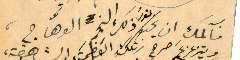
فآلمك ان يخبو نورُ ذلك النجم الوهَّاج،